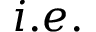
i . e .